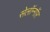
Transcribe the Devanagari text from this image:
सेलॉन्गॉर